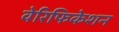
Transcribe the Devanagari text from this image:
वेरिफिकेशन